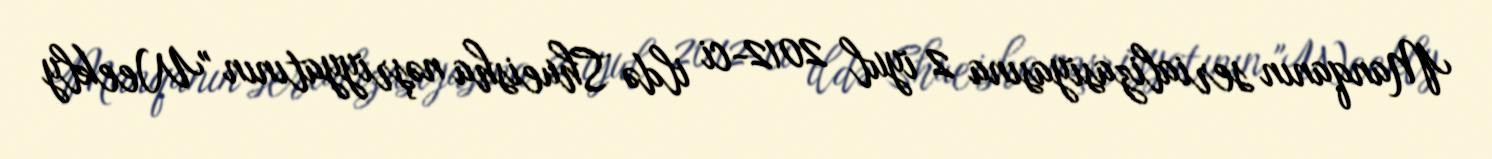
Manqanın serializasiyasına 2 iyul 2012-ci ildə Shueisha nəşriyyatının "Weekly